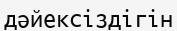
дәйексіздігін